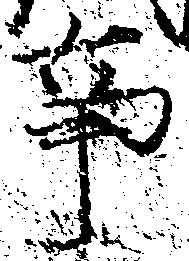
事